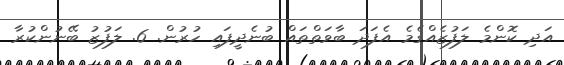
އަދި ކޮންމެ ލަފުޒެއްގެމެ އެފަދަ ބާވަތްތައް ބުނެދީފައި ހުރުން. 6. ލަފުޒު ބޭނުންކުރާ